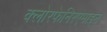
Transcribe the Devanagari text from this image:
क्लोरफेनिरएमाइन